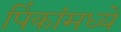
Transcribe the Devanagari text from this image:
पिंकांमध्ये